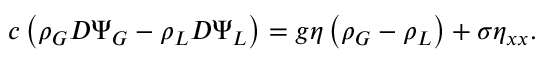
c \left( \rho _ { G } D \Psi _ { G } - \rho _ { L } D \Psi _ { L } \right) = g \eta \left( \rho _ { G } - \rho _ { L } \right) + \sigma \eta _ { x x } .